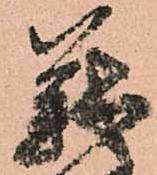
義